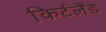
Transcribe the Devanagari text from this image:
किर्टलैंड